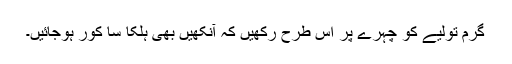
گرم تولیے کو چہرے پر اس طرح رکھیں کہ آنکھیں بھی ہلکا سا کور ہوجائیں۔